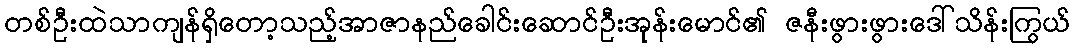
တစ်ဦးထဲသာကျန်ရှိတော့သည့်အာဇာနည်ခေါင်းဆောင်ဦးအုန်းမောင်၏ ဇနီးဖွားဖွားဒေါ်သိန်းကြွယ်